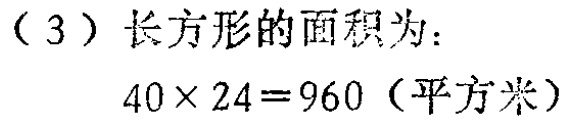
（3）长方形的面积为：

\(40\times 24 = 960\)（平方米）